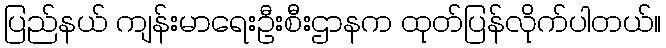
ပြည်နယ် ကျန်းမာရေးဦးစီးဌာနက ထုတ်ပြန်လိုက်ပါတယ်။